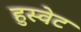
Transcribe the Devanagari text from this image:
हुस्वेट